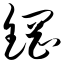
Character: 钢